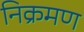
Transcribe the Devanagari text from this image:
निक्रमण